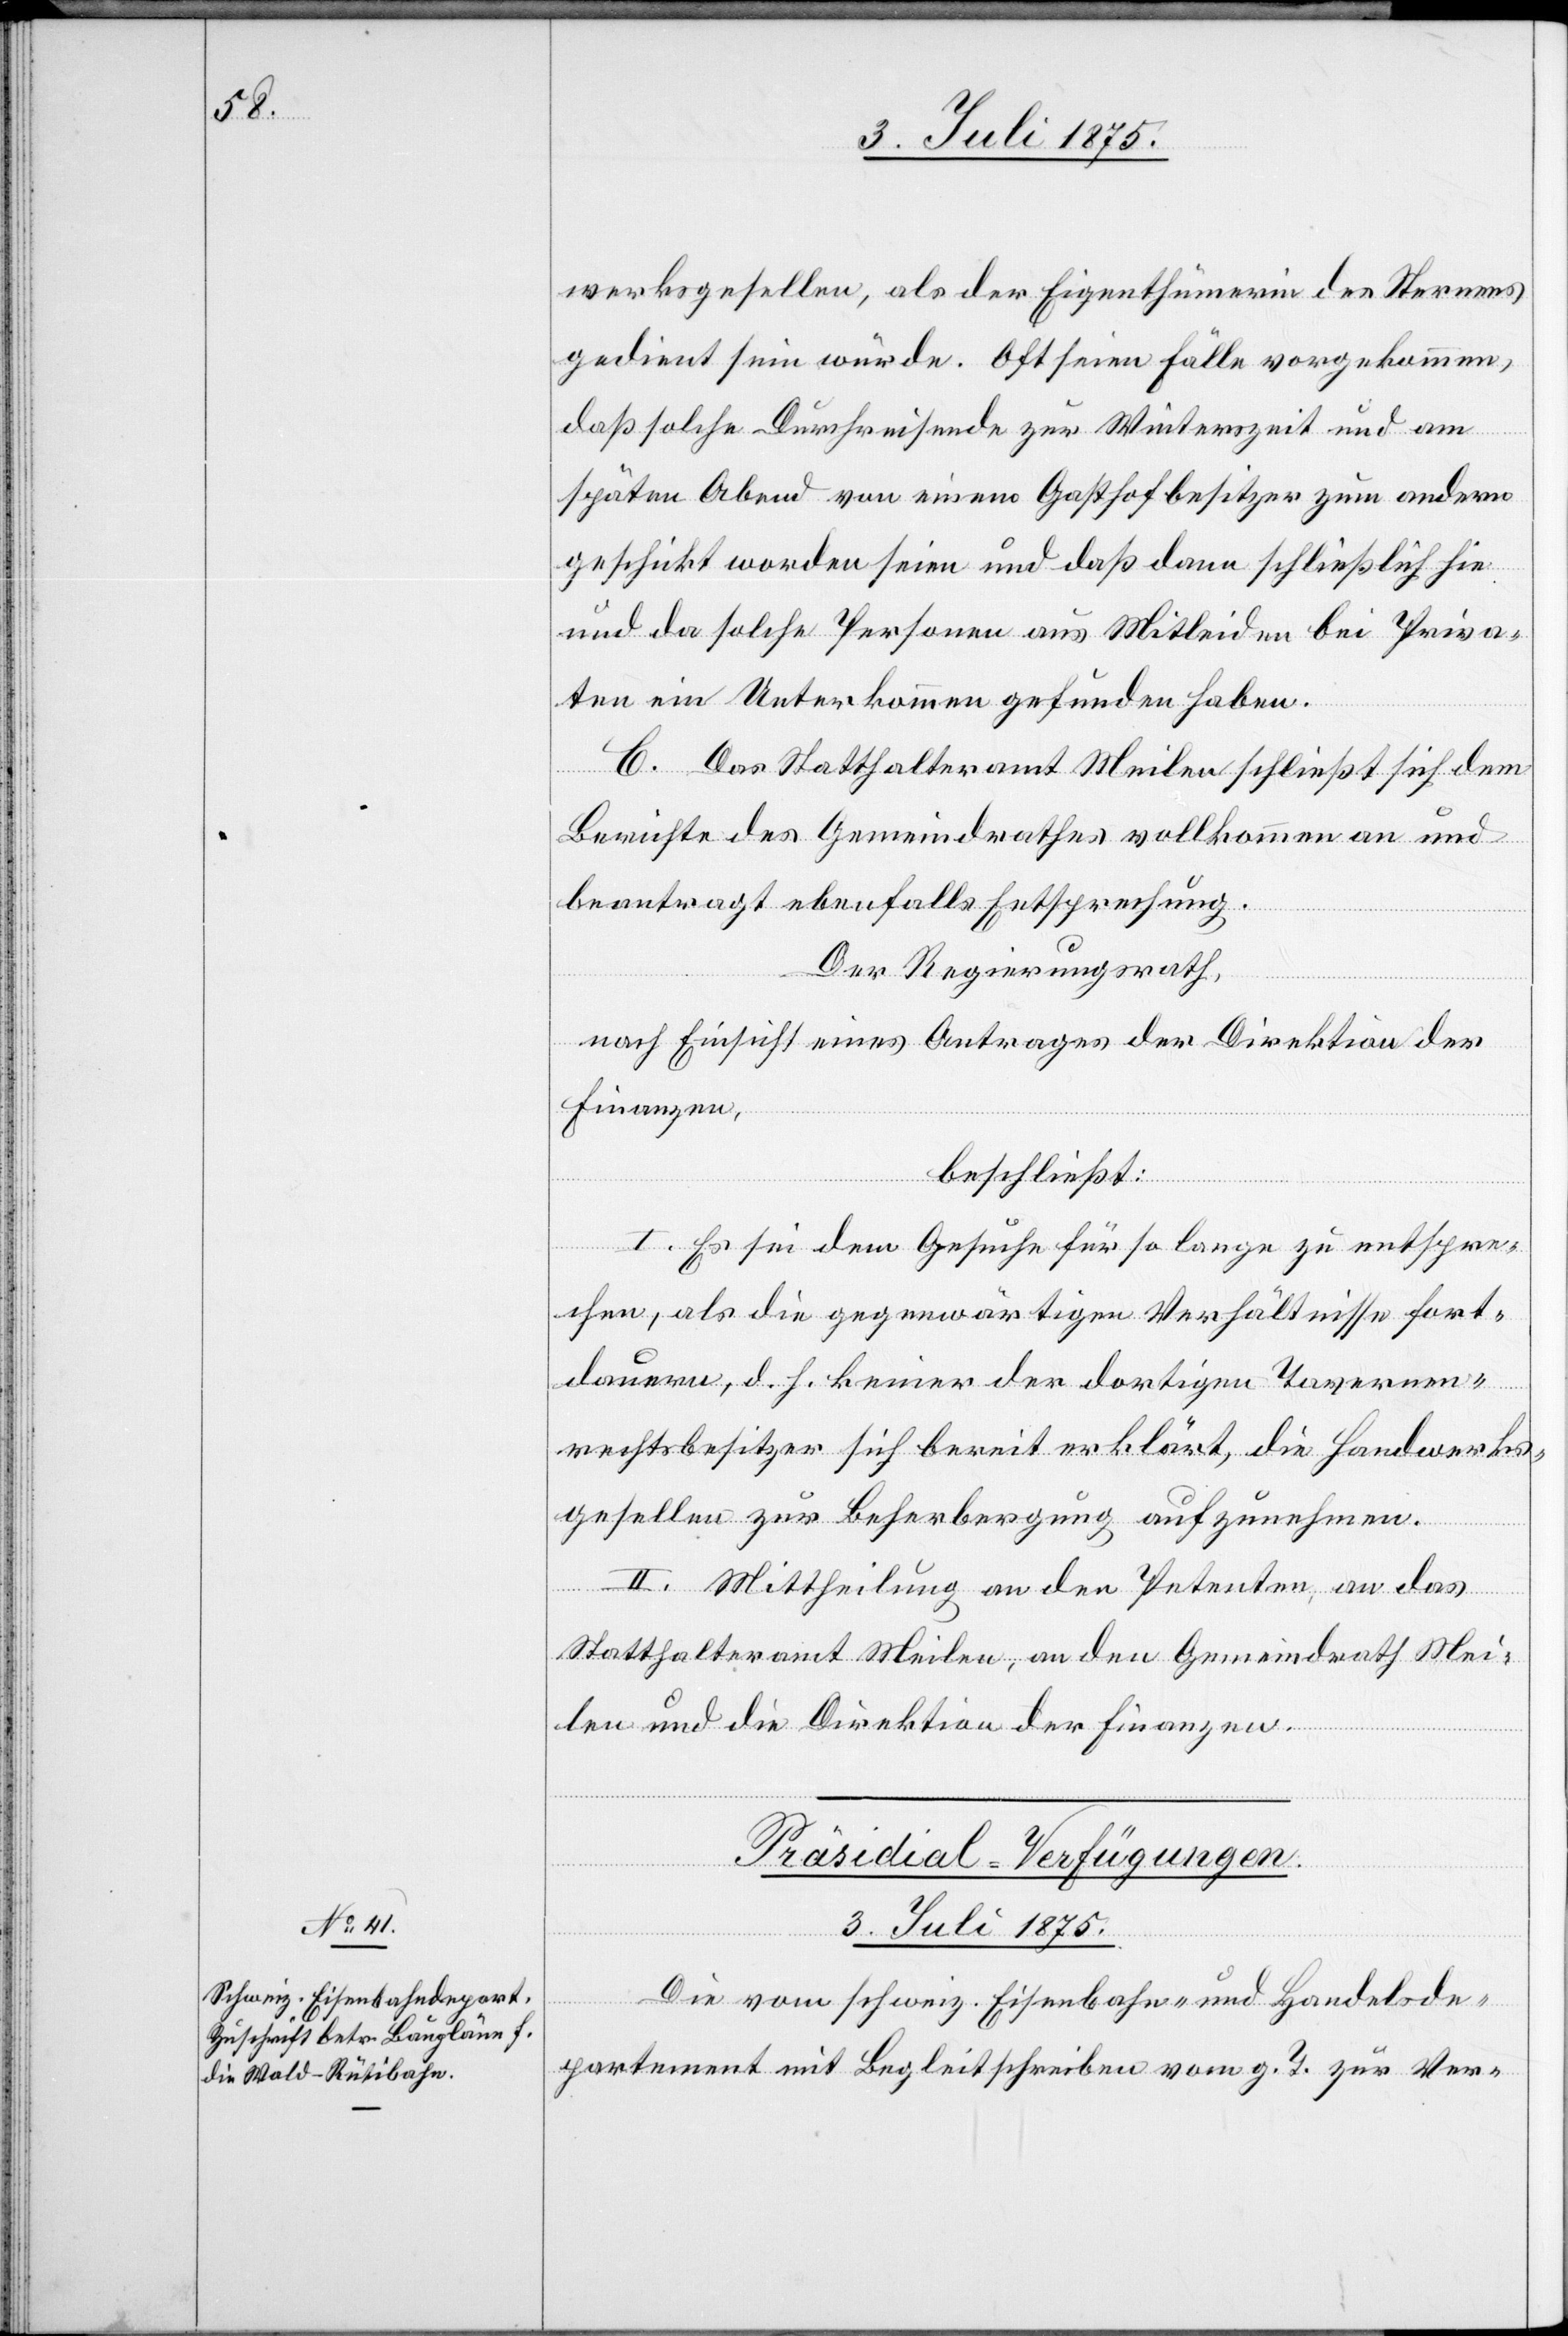
werksgesellen, als der Eigenthümerin des Sternens
gedient sein würde. Oft seien Fälle vorgekommen,
daß solche Durchreisende zur Winterzeit und am
späten Abend von einem Gasthofbesitzer zum andern
geschickt worden seien und daß dann schließlich hin
und da solche Personen aus Mitleiden bei Priva¬
ten ein Unterkommen gefunden haben.
C. Das Statthalteramt Meilen schließt sich dem
Berichte des Gemeindrathes vollkommen an und
beantragt ebenfalls Entsprechung.
Der Regierungsrath,
nach Einsicht eines Antrages der Direktion der
Finanzen,
beschließt:
I. Es sei dem Gesuche für so lange zu entspre¬
chen, als die gegenwärtigen Verhältnisse fort¬
dauern, d. h. keiner der dortigen Tavernen¬
rechtsbesitzer sich bereit erklärt, die Handwerks¬
gesellen zur Beherbergung aufzunehmen.
II. Mittheilung an den Petenten, an das
Statthalteramt Meilen, an den Gemeindrath Mei¬
len und die Direktion der Finanzen.
Präsidial-Verfügungen.
3. Juli 1875.
Die vom schweiz. Eisenbahn- und Handelsde¬
partement mit Begleitschreiben vom g. T. zur Ver-